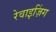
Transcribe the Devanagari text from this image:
रेवाइज़िंग